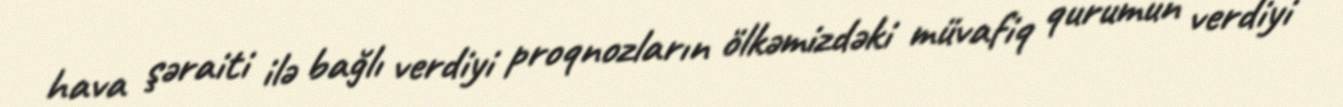
hava şəraiti ilə bağlı verdiyi proqnozların ölkəmizdəki müvafiq qurumun verdiyi